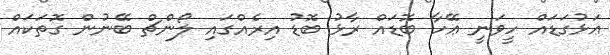
ޢަޅުގަޑައް ހީވަނީ ޢޭހާ ބޮޑައް ރާޅު ބޮޑު އިރެއްގައި ލޯންޗް ބޭނުން ގޮތަކައް